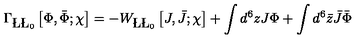
\Gamma _ { \L \L _ { 0 } } \left[ \Phi , \bar { \Phi } ; \chi \right] = - W _ { \L \L _ { 0 } } \left[ J , \bar { J } ; \chi \right] + \int d ^ { 6 } z J \Phi + \int d ^ { 6 } \bar { z } \bar { J } \bar { \Phi }